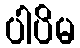
ပါပိမ